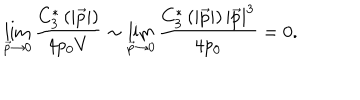
\lim _ { \vec { p } \rightarrow 0 } \frac { C _ { 3 } ^ { * } \left( \left| \vec { p } \right| \right) } { 4 p _ { 0 } V } \sim \lim _ { \vec { p } \rightarrow 0 } \frac { C _ { 3 } ^ { * } \left( \left| \vec { p } \right| \right) \left| \vec { p } \right| ^ { 3 } } { 4 p _ { 0 } } = 0 .